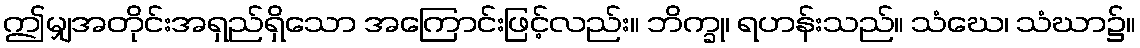
ဤမျှအတိုင်းအရှည်ရှိသော အကြောင်းဖြင့်လည်း။ ဘိက္ခု၊ ရဟန်းသည်။ သံဃေ၊ သံဃာ၌။